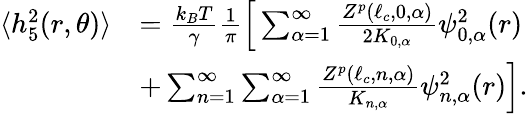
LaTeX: \begin{array}{rl}{\langle h_{5}^{2}(r,\theta)\rangle}&{=\frac{k_{B}T}{\gamma}\frac{1}{\pi}\Big[\sum_{\alpha=1}^{\infty}\frac{Z^{p}(\ell_{c},0,\alpha)}{2K_{0,\alpha}}\psi_{0,\alpha}^{2}(r)}\\ &{+\sum_{n=1}^{\infty}\sum_{\alpha=1}^{\infty}\frac{Z^{p}(\ell_{c},n,\alpha)}{K_{n,\alpha}}\psi_{n,\alpha}^{2}(r)\Big].}\end{array}